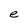
Character: e